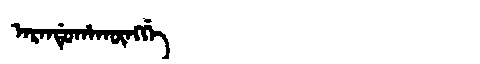
Manchu: ᠠᡵᠠᠨᡩᡠᡥᠠᡴᡡᠩᡤᡝ
Romanization: ARANDUHAKŪNGGE